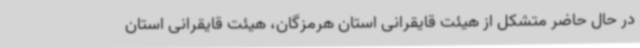
در حال حاضر متشکل از هیئت قایقرانی استان هرمزگان، هیئت قایقرانی استان